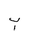
Letter: _ba